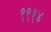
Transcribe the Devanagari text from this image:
९९१४